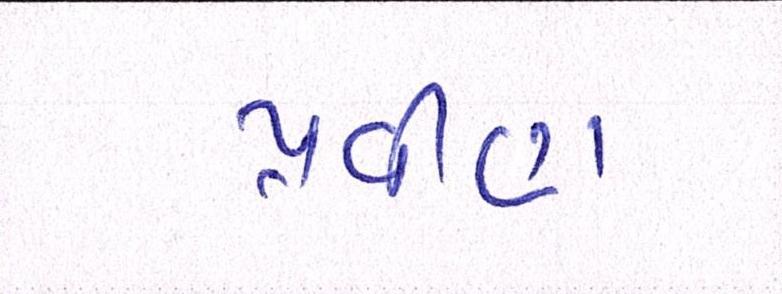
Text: પ્રવીણ